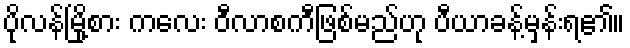
ပိုလန်မြို့စား ကလေး ဝီလာစကီဖြစ်မည်ဟု ပီယာခန့်မှန်းရ၏။